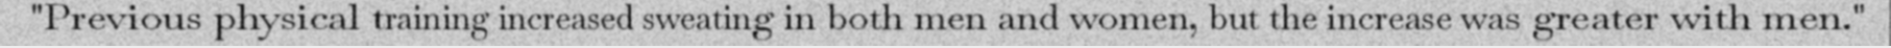
"Previous physical training increased sweating in both men and women, but the increase was greater with men."